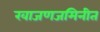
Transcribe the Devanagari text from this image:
खाजणजमिनीत